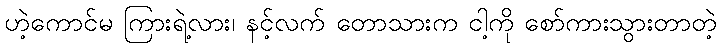
ဟဲ့ကောင်မ ကြားရဲ့လား၊ နင့်လက် တောသားက ငါ့ကို စော်ကားသွားတာတဲ့